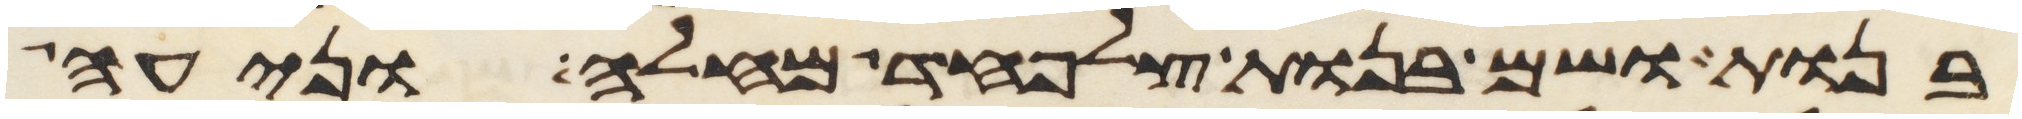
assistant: בנות ושם בנות צלפחד מחלה ונעה